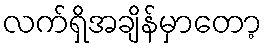
လက်ရှိအချိန်မှာတော့